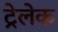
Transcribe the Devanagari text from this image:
ट्रेलेक